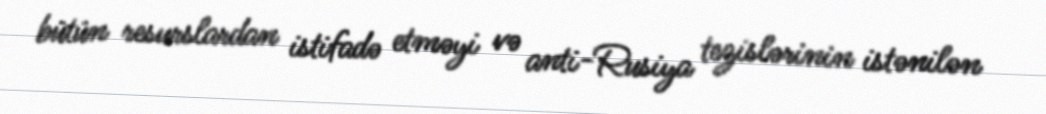
bütün resurslardan istifadə etməyi və anti-Rusiya tezislərinin istənilən